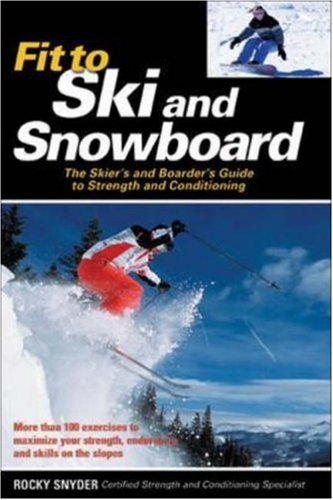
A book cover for Fit to Ski & Snowboard: The Skier's and Boarder's Guide to Strength and Conditioning; Rocky Snyder; Sports & Outdoors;